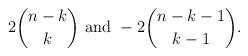
LaTeX: \begin{align*}2\binom{n-k}{k} \mbox{ and } -2\binom{n-k-1}{k-1}.\end{align*}